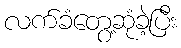
လက်ခံတွေ့ဆုံခဲ့ပြီး